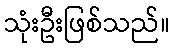
သုံးဦးဖြစ်သည်။